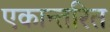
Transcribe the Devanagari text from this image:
एकान्तरित